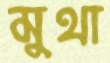
মুথা